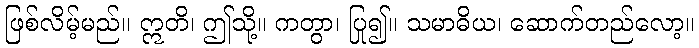
ဖြစ်လိမ့်မည်။ ဣတိ၊ ဤသို့။ ကတွာ၊ ပြု၍။ သမာဓိယ၊ ဆောက်တည်လော့။